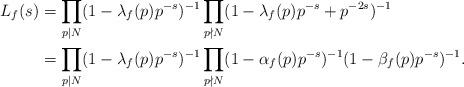
LaTeX: \begin{align*}L_f(s)&=\prod_{p|N}(1-\lambda_f(p)p^{-s})^{-1}\prod_{p\nmid N}(1-\lambda_f(p)p^{-s}+p^{-2s})^{-1}\\&=\prod_{p|N}(1-\lambda_f(p)p^{-s})^{-1}\prod_{p\nmid N}(1-\alpha_f(p)p^{-s})^{-1}(1-\beta_f(p)p^{-s})^{-1}.\end{align*}